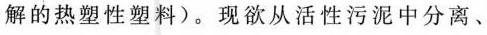
解的热塑性塑料)。现欲从活性污泥中分离、